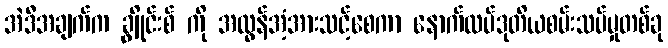
အဲဒီအချက်က ချွိုင်းစ် ကို အလွန်အံ့အားသင့်စေကာ နောက်ထပ်ဒုတိယစမ်းသပ်မှုတစ်ခု